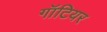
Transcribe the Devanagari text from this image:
गॉटियर